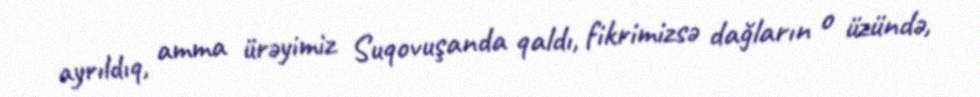
ayrıldıq, amma ürəyimiz Suqovuşanda qaldı, fikrimizsə dağların o üzündə,